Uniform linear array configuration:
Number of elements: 8
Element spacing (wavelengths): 0.75
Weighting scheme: blackman
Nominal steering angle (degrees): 60
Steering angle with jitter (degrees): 60.323
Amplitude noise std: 0.05
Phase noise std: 0.05

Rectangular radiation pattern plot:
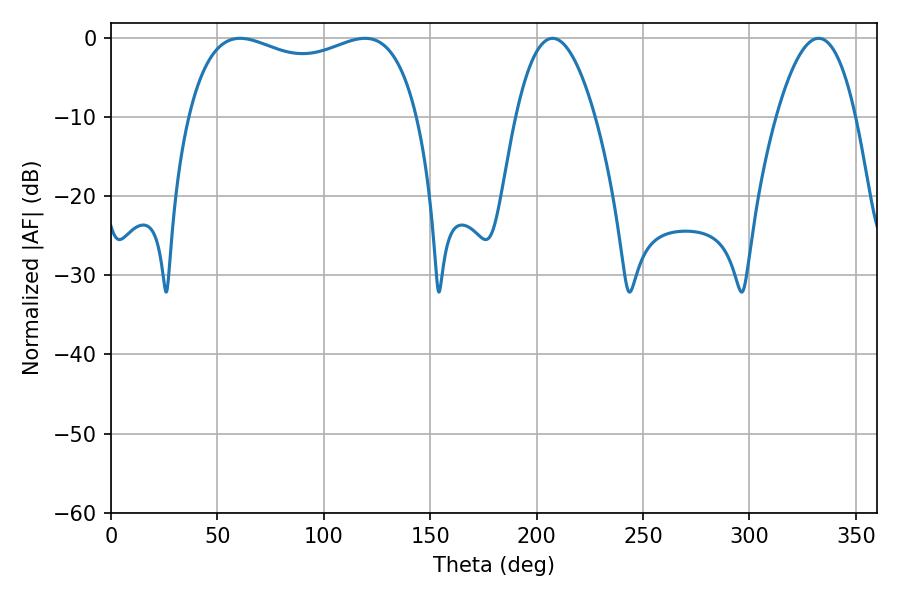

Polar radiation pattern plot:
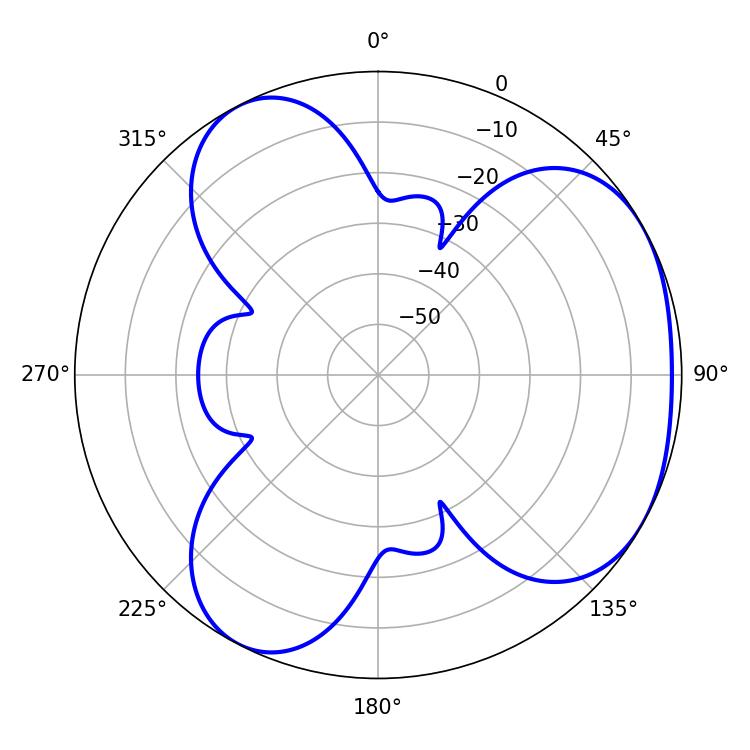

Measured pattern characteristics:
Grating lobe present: TRUE
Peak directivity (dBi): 3.802
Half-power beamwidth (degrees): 88.56
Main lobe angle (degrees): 60.66